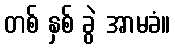
တစ် နှစ် ခွဲ အာမခံ။